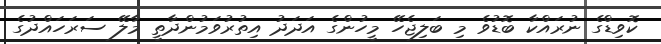
ކޮވިޑްގެ ނުރައްކާ ބޮޑުވެ މި ބަލިޖެހޭ މީހުންގެ އަދަދު އިތުރުވަމުންދާތީ މާލޭ ސަރަހައްދުގެ